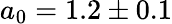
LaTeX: a_{0}=1.2\pm 0.1